Medical and sanitary report of the native army of Madras for the year
Year: 1875
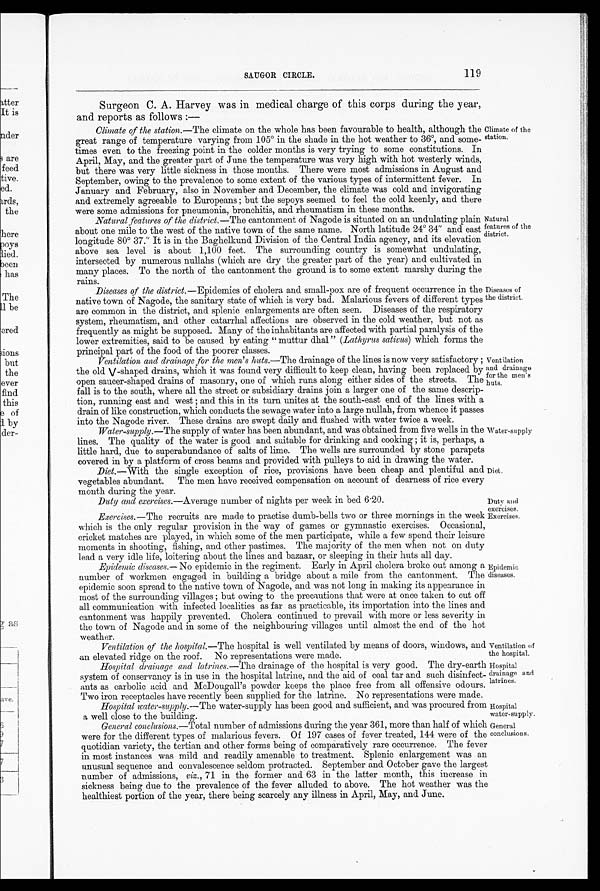
Ventilation of
the hospital.
Hospital
drainage and
latrines.
Hospital
water-supply.
General
conclusions.
SAUGOR CIRCLE.
119
Surgeon C. A. Harvey was in medical charge of this corps during the year,
arid reports as follows
Climate of the station.— The climate on the whole has been favourable to health, although the
great range of temperature varying from 105º in the shade in the hot weather to 36º, and some
-
times even to the freezing point in the colder months is very trying to some constitutions. In
April, May, and the greater part of June the temperature was very high with hot westerly winds,
but there was very little sickness in those months. There were most admissions in August and
September, owing to the prevalence to some extent of the various types of intermittent fever. In
January and February, also in November and December, the climate was cold and invigorating
and extremely agreeable to Europeans ; but the sepoys seemed to feel the cold keenly, and there
were some admissions for pneumonia, bronchitis, and rheumatism in these months.
Natural features of the district.— The cantonment of Nagocte is situated on an undulating plain
about one mile to the west of the native town of the same name. North latitude 24º 34" and east
longitude 80º 37." It is in the Baghelkund Division of the Central India agency, and its elevatior
above sea level is about 1,100 feet. The surrounding country is somewhat undulating
intersected by numerous nullahs (which are dry the greater part of the year) and cultivated n
many places. To the north of the cantonment the ground is to some extent marshy during the
rains.
Diseases of the district. —Epidemics of cholera and small-pox are of frequent occurrence in the
native town of Nagode, the sanitary state of which is very bad. Malarious fevers of different types
are common in the district, and splenic enlargements are often seen. Diseases of the respiratory
system, rheumatism, and other catarrhal affections are observed in the cold weather, but not as
frequently as might be supposed. Many of the inhabitants are affected with partial paralysis of the
lower extremities, said to be caused by eating "muttir dhal" ( Lathyrus sativus ) which forms the
principal part of the food of flip
p o o r e r c l a s s e s .
Ventilation and drainage for the men's huts.— The drainage of the lines is now very satisfactory;
the old V-shaped drains, which it was found very difficult to keep clean, having been replaced by
open saucer-shaped drains of masonry, one of which runs along either sides of the streets. The
fall is to the south, where all the street or subsidiary drains join a larger one of the same descrip
-
tion, running east and west ; and this in its turn unites at the south-east end of the lines with a
drain of like construction, which conducts the sewage water into a large nullah, from whence it passes
into the Nagode river. These drains are swept daily and flushed with water twice a week.
Water-supply.— The supply of water has been abundant, and was obtained from five wells in the
lines. The quality of the water is good and suitable for drinking and cooking ; it is, perhaps, a
little hard, due to superabundance of salts of lime. The wells are surrounded by stone parapet
s
covered in by a platform of cross beams and provided with pulleys to aid in drawing the wafer.
Diet.— With the single exception of rice, provisions have been cheap and plentiful and
vegetables abundant. The men have received compensation on account of dearness of rice every
month during the year.
Climate of the
station.
Natural features of the
district.
Diseases of
the district.
Ventilation
and drainage
for the men's
huts.
Water-supply
Diet.
Duty and exercises.— Average number of nights per week in bed 6.20.
Exercises.— The recruits are made to practise dumb-bells two or three mornings in the week
which is the only regular provision in the way of games or gymnastic exercises. Occasional,
cricket matches are played, in which some of the men participate, while a few spend their leisure
moments in shooting, fishing, and other pastimes. The majority of the men when not on duty
lead a very idle life. loitering about the lines and bazaar, or sleeping in their huts all day.
Epidemic diseases.—No epidemic in the regiment. Early in April cholera broke out among a
number of workmen engaged in building a bridge about a mile from the cantonment. The
epidemic soon spread to the native town of Nagode, and was not long in making its appearance in
most of the surrounding villages ; but owing to the precautions that were at once taken to cut off
all communication with infected localities as far as practicable, its importation into the lines and
cantonment was happily prevented. Cholera continued to prevail with more or less severity in
the town of Nagode and in some of the neighbouring villages until almost the end of the hot
weather.
Ventilation of the hospital.— The hospital is well ventilated by means of doors, windows, an
d
an elevated ridge on the roof. No representations were made.
Hospital drainage and latrines.— The drainage of the hospital is very good. The dry-earth
system of conservancy is in use in the hospital latrine, and the aid of coal tar and such disinfect
-
ants as carbolic acid and McDougall's powder keeps the place free from all offensive odours.
Two iron receptacles have recently been supplied for the latrine. No representations were made.
Hospital water-supply.—The water-supply has been good and sufficient, and was procured fro
m
a well close to the building.
General conclusions.— Total number of admissions during the year 361, more than half of which
were for the different types of malarious fevers. Of 197 cases of fever treated, 144 were of the
quotidian variety, the tertian and other forms being of comparatively rare occurrence. The fever
in most instances was mild and readily amenable to treatment. Splenic enlargement was an
unusual sequence and convalescence seldom protracted. September and October gave the larges
number of admissions, viz ., 71 in the former and 63 in the latter month, this increase
i n
sickness being due to the prevalence of the fever alluded to above. The hot weather was the
healthiest portion of the year, there being scarcely any illness in April, May, and June.
Duty and
exercises.
Exercises.
Epidemic
diseases.